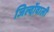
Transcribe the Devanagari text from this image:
जिल्दोंवाली